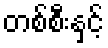
တစ်စီးနှင့်